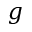
\boldsymbol { g }